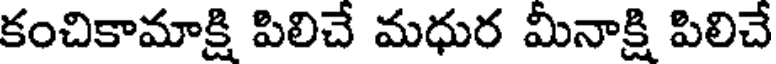
కంచికామాక్షి పిలిచే మధుర మీనాక్షి పిలిచే